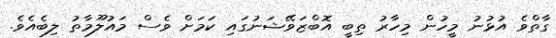
ގާތްވެ އުޅުނު މީހުން މިހާރު ތިބީ އޮބްޒަވޭޝަނުގައި ކަމަށް ވެސް މައުލޫމާތު ލިބެއެވެ.